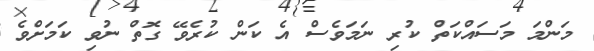
މަންމަ މަސައްކަތް ކުރި ނަމަވެސް އެ ކަން ކުރެވޭ ގޮތް ނުވި ކަމަށްވެ